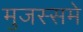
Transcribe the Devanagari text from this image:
मुजस्समे